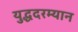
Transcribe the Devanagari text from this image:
युद्धदरम्यान